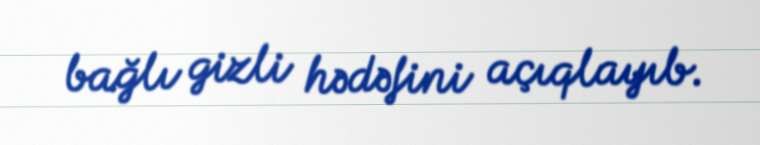
bağlı gizli hədəfini açıqlayıb.